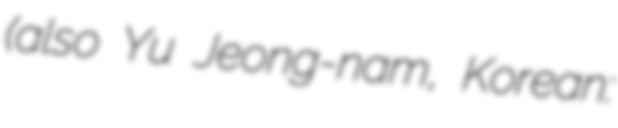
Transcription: (also Yu Jeong-nam, Korean: